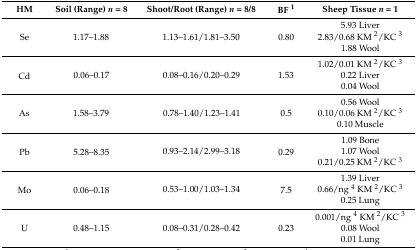
<table><thead><tr><td><b>HM</b></td><td><b>Soil (Range) <i>n</i> = 8</b></td><td><b>Shoot/Root (Range) <i>n</i> = 8/8</b></td><td><b>BF <sup>1</sup></b></td><td><b>Sheep Tissue <i>n</i> = 1</b></td></tr></thead><tbody><tr><td rowspan="3">Se</td><td rowspan="3">1.17–1.88</td><td rowspan="3">1.13–1.61/1.81–3.50</td><td rowspan="3">0.80</td><td>5.93 Liver </td></tr><tr><td>2.83/0.68 KM <sup>2</sup>/KC <sup>3</sup></td></tr><tr><td>1.88 Wool</td></tr><tr><td rowspan="3">Cd</td><td rowspan="3">0.06–0.17</td><td rowspan="3">0.08–0.16/0.20–0.29</td><td rowspan="3">1.53</td><td>1.02/0.01 KM <sup>2</sup>/KC <sup>3</sup></td></tr><tr><td>0.22 Liver </td></tr><tr><td>0.04 Wool</td></tr><tr><td rowspan="3">As</td><td rowspan="3">1.58–3.79</td><td rowspan="3">0.78–1.40/1.23–1.41</td><td rowspan="3">0.5</td><td>0.56 Wool </td></tr><tr><td>0.10/0.06 KM <sup>2</sup>/KC <sup>3</sup></td></tr><tr><td>0.10 Muscle</td></tr><tr><td rowspan="3">Pb</td><td rowspan="3">5.28–8.35</td><td rowspan="3">0.93–2.14/2.99–3.18</td><td rowspan="3">0.29</td><td>1.09 Bone </td></tr><tr><td>1.07 Wool </td></tr><tr><td>0.21/0.25 KM <sup>2</sup>/KC <sup>3</sup></td></tr><tr><td rowspan="3">Mo</td><td rowspan="3">0.06–0.18</td><td rowspan="3">0.53–1.00/1.03–1.34</td><td rowspan="3">7.5</td><td>1.39 Liver </td></tr><tr><td>0.66/ng <sup>4</sup> KM <sup>2</sup>/KC <sup>3</sup></td></tr><tr><td>0.25 Lung</td></tr><tr><td rowspan="3">U</td><td rowspan="3">0.48–1.15</td><td rowspan="3">0.08–0.31/0.28–0.42</td><td rowspan="3">0.23</td><td>0.001/ng <sup>4</sup> KM <sup>2</sup>/KC <sup>3</sup></td></tr><tr><td>0.08 Wool </td></tr><tr><td>0.01 Lung</td></tr></tbody></table>